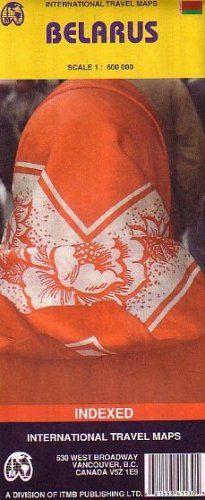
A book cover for Belarus 1:600,000 Travel Map (International Travel Maps); ITM Canada; Travel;